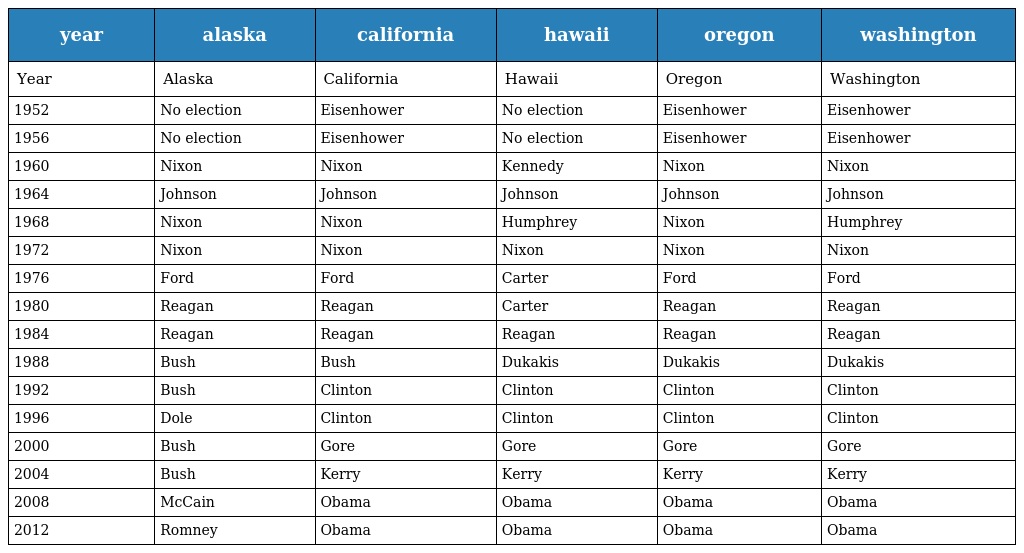
| year | alaska | california | hawaii | oregon | washington |
 | --- | --- | --- | --- | --- | --- |
 | Year | Alaska | California | Hawaii | Oregon | Washington |
 | 1952 | No election | Eisenhower | No election | Eisenhower | Eisenhower |
 | 1956 | No election | Eisenhower | No election | Eisenhower | Eisenhower |
 | 1960 | Nixon | Nixon | Kennedy | Nixon | Nixon |
 | 1964 | Johnson | Johnson | Johnson | Johnson | Johnson |
 | 1968 | Nixon | Nixon | Humphrey | Nixon | Humphrey |
 | 1972 | Nixon | Nixon | Nixon | Nixon | Nixon |
 | 1976 | Ford | Ford | Carter | Ford | Ford |
 | 1980 | Reagan | Reagan | Carter | Reagan | Reagan |
 | 1984 | Reagan | Reagan | Reagan | Reagan | Reagan |
 | 1988 | Bush | Bush | Dukakis | Dukakis | Dukakis |
 | 1992 | Bush | Clinton | Clinton | Clinton | Clinton |
 | 1996 | Dole | Clinton | Clinton | Clinton | Clinton |
 | 2000 | Bush | Gore | Gore | Gore | Gore |
 | 2004 | Bush | Kerry | Kerry | Kerry | Kerry |
 | 2008 | McCain | Obama | Obama | Obama | Obama |
 | 2012 | Romney | Obama | Obama | Obama | Obama |